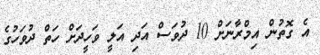
އެ ގޮތުން އިމްރާނަށް 10 ދުވަސް އަދި އަލީ ވަހީދަށް ހަތް ދުވަހުގެ